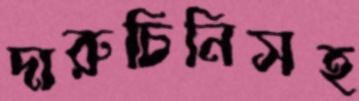
দারুচিনিসহ